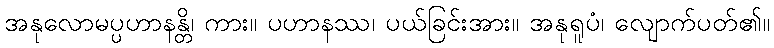
အနုလောမပ္ပဟာနန္တိ၊ ကား။ ပဟာနဿ၊ ပယ်ခြင်းအား။ အနုရူပံ၊ လျောက်ပတ်၏။